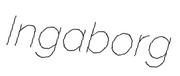
Ingaborg